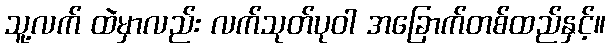
သူ့လက် ထဲမှာလည်း လက်သုတ်ပုဝါ အခြောက်တစ်ထည်နှင့်။